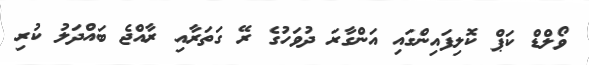
ވޯލްޑް ކަޕް ކޮލިފައިންގައި އަންގާރަ ދުވަހުގެ ރޭ ގަތަރާއި ރާއްޖެ ބައްދަލު ކުރި